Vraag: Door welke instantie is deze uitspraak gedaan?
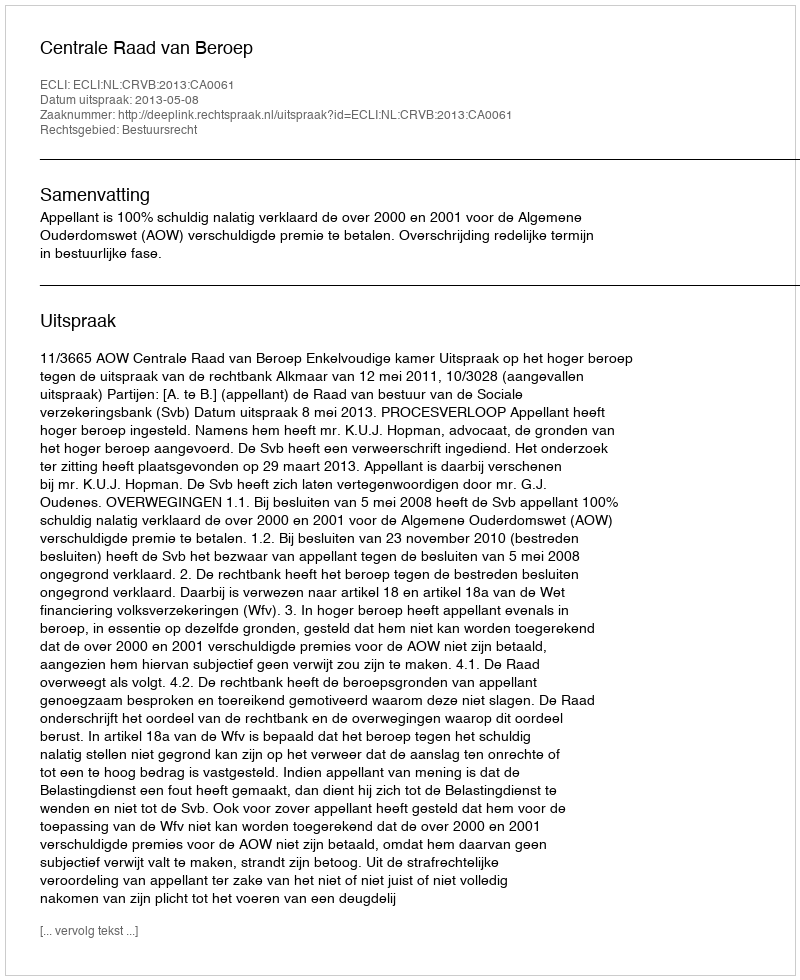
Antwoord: Centrale Raad van Beroep